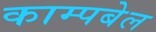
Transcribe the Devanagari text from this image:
काम्पबेल